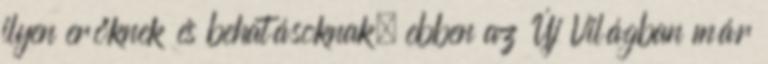
ilyen erőknek és behatásoknak, ebben az Új Világban már